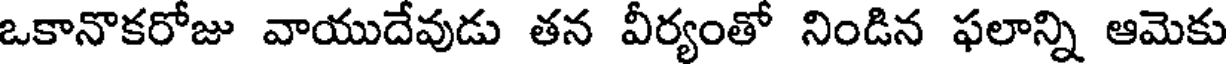
ఒకానొకరోజు వాయుదేవుడు తన వీర్యంతో నిండిన ఫలాన్ని ఆమెకు